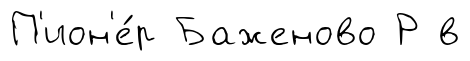
П'ион'е́р Баженово Р в